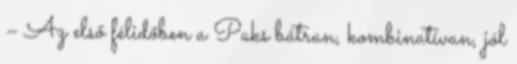
– Az első félidőben a Paks bátran, kombinatívan, jól